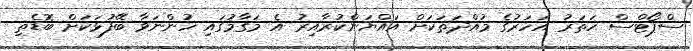
ސްޕޯޓްސް ހަތަރު އަހަރުގެ މުއްދަތަކަށް އައްޔަންކުރާއިރު އެ މަގާމުގައި ހުންނަވާ ބޭފުޅަކަށް ބޮޑެތި